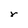
Character: r